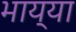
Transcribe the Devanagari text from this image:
भाय्या